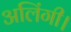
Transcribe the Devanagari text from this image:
अलिंगी।